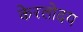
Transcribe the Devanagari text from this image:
केरलोदय